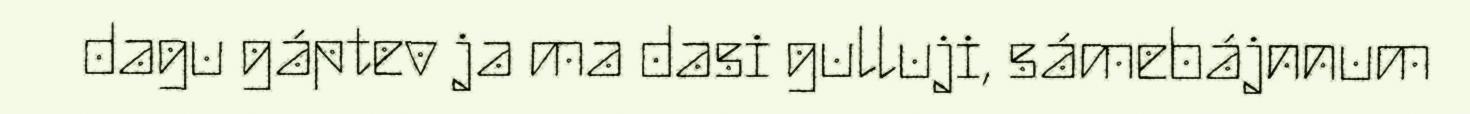
dagu gáptev ja ma dasi gulluji, sámebájnnum